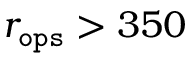
r _ { \tt o p s } > 3 5 0